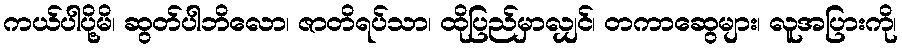
ကယ်ပါပို့မိ၊ ဆွတ်ပါဘိလော၊ ဇာတိရပ်သာ၊ ထိုပြည်မှာလျှင်၊ တကာဆွေများ၊ လူအပြားကို၊